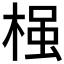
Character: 𱣷